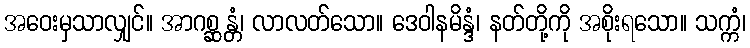
အဝေးမှသာလျှင်။ အာဂစ္ဆန္တံ၊ လာလတ်သော။ ဒေဝါနမိန္ဒံ၊ နတ်တို့ကို အစိုးရသော။ သက္ကံ၊